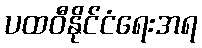
ပထဝီနိုင်ငံရေးအရ